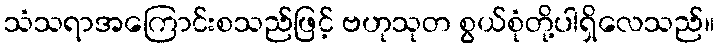
သံသရာအကြောင်းစသည်ဖြင့် ဗဟုသုတ စွယ်စုံတို့ပါရှိလေသည်။